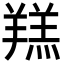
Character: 𦎴